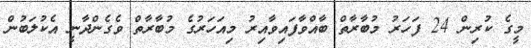
މީގެ ކުރިން 24 ފަހަރު މުބާރާތް ބާއްވާފައިވާއިރު މިއަހަރުގެ މުބާރާތް ވެގެންދާނީ އެކުލަބުން